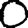
Digit: 0